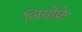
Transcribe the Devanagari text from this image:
जियोफ्रे